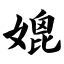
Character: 媲